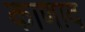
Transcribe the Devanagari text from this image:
काणाद